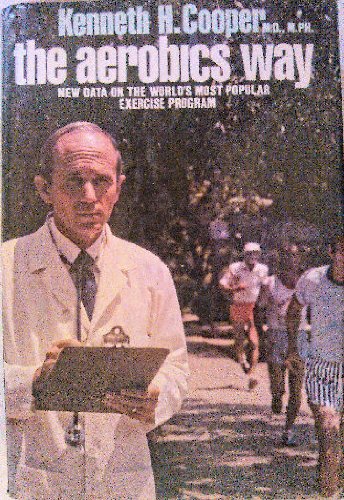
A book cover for The Aerobics Way: New Data on the World's Most Popular Exercise Program; Kenneth H. Cooper; Health, Fitness & Dieting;